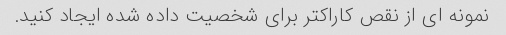
نمونه ای از نقص کاراکتر برای شخصیت داده شده ایجاد کنید.